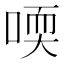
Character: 𠷀